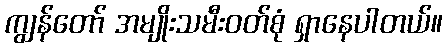
ကျွန်တော် အမျိုးသမီးဝတ်စုံ ရှာနေပါတယ်။